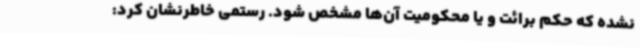
نشده که حکم برائت و یا محکومیت آن‌ها مشخص شود. رستمی خاطرنشان کرد: